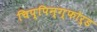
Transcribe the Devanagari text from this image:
चिप्पिन्ग्फोर्ड